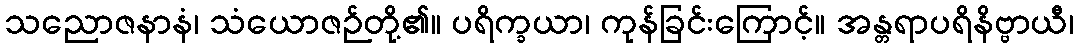
သညောဇနာနံ၊ သံယောဇဉ်တို့၏။ ပရိက္ခယာ၊ ကုန်ခြင်းကြောင့်။ အန္တရာပရိနိဗ္ဗာယီ၊